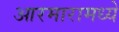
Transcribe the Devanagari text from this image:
आरमारामध्ये